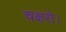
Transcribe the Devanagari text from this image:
चक्षसे।